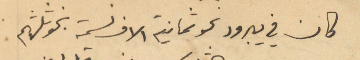
كان في يبرود نحو ثمانية الاف نسمة بنحو ثلثهم